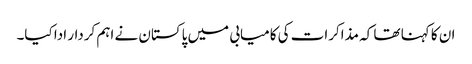
ان کا کہنا تھا کہ مذاکرات کی کامیابی میں پاکستان نے اہم کردار ادا کیا۔